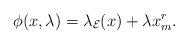
LaTeX: \begin{align*}\phi(x, \lambda)=\lambda_{\mathcal{E}}(x)+\lambda x_m^r.\end{align*}